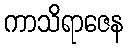
ကာသိရာဇေန